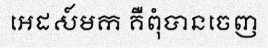
អេដស៍មក គឺពុំបានចេញ